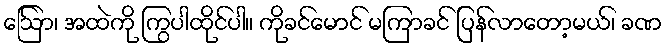
ဩော်၊ အထဲကို ကြွပါထိုင်ပါ။ ကိုခင်မောင် မကြာခင် ပြန်လာတော့မယ်၊ ခဏ